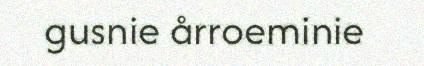
gusnie årroeminie